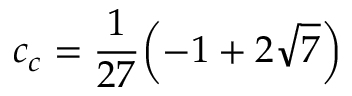
c _ { c } = \frac { 1 } { 2 7 } { \left( - 1 + 2 \sqrt { 7 } \right) }